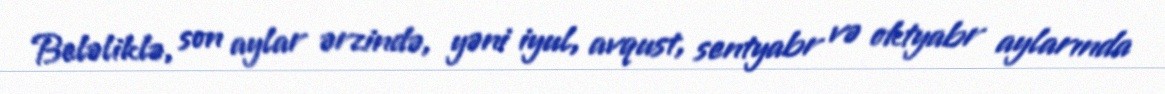
Beləliklə, son aylar ərzində, yəni iyul, avqust, sentyabr və oktyabr aylarında